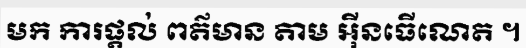
មក ការផ្តល់ ពត៌មាន តាម អ៊ីនធើណេត ។